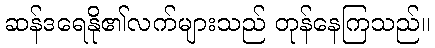
ဆန်ဒရေနို၏လက်များသည် တုန်နေကြသည်။